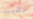
تقييد